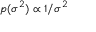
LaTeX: \scriptstyle { p ( \sigma ^ { 2 } ) \; \propto \; 1 / \sigma ^ { 2 } }